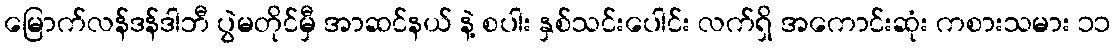
မြောက်လန်ဒန်ဒါဘီ ပွဲမတိုင်မှီ အာဆင်နယ် နဲ့ စပါး နှစ်သင်းပေါင်း လက်ရှိ အကောင်းဆုံး ကစားသမား ၁၁